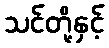
သင်တို့နှင့်